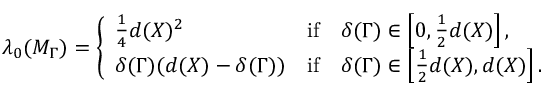
\lambda _ { 0 } ( M _ { \Gamma } ) = \left\{ \begin{array} { l l } { \frac { 1 } { 4 } d ( X ) ^ { 2 } } & { \mathrm { i f } \quad \delta ( \Gamma ) \in \left[ 0 , \frac { 1 } { 2 } d ( X ) \right] , } \\ { \delta ( \Gamma ) ( d ( X ) - \delta ( \Gamma ) ) } & { \mathrm { i f } \quad \delta ( \Gamma ) \in \left[ \frac { 1 } { 2 } d ( X ) , d ( X ) \right] . } \end{array} \right.